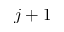
j + 1